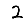
Digit: 2